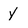
Character: Y